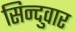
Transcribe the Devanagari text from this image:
सिन्दुवार